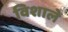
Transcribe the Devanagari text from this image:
विशाले